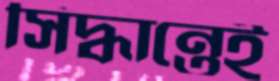
সিদ্ধান্তেই